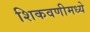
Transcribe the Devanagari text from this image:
शिकवणीमध्ये